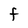
Character: f